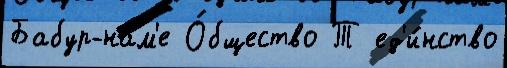
Бабур-нам'е О́бщество Т ед'и́нство